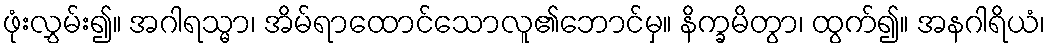
ဖုံးလွှမ်း၍။ အဂါရသ္မာ၊ အိမ်ရာထောင်သောလူ၏ဘောင်မှ။ နိက္ခမိတွာ၊ ထွက်၍။ အနဂါရိယံ၊